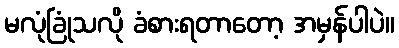
မလုံခြုံသလို ခံစားရတာတော့ အမှန်ပါပဲ။